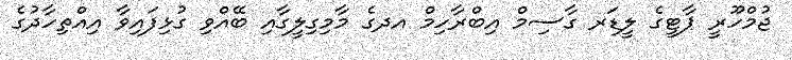
ޖުމްހޫރީ ޕާޓީގެ ލީޑަރ ގާސިމް އިބްރާހިމް އދގެ މާމިގިލީގާއި ބޭއްވި ގުޅިފައިވާ އިއްތިހާދުގެ